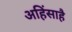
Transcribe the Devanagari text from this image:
अहिंसाहै